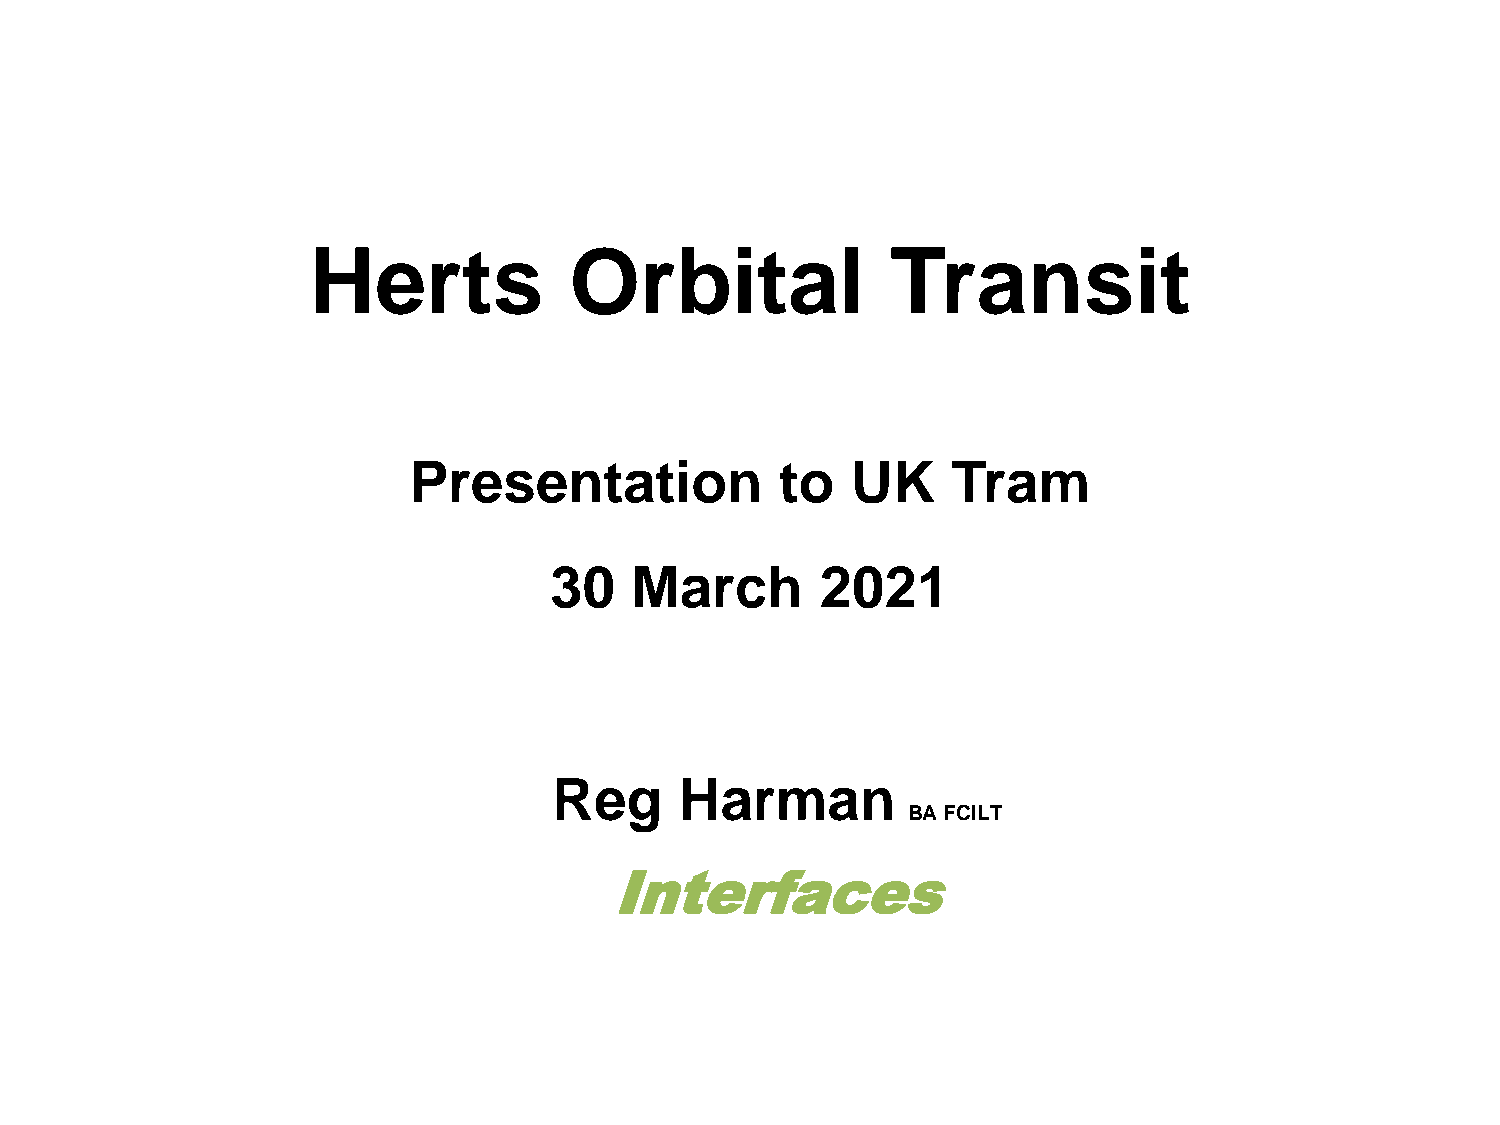
Herts             Orbital              Transit
 Presentation             to  UK     Tram
 30    March       2021
 Reg     Harman
 BA FCILT
 Interfaces